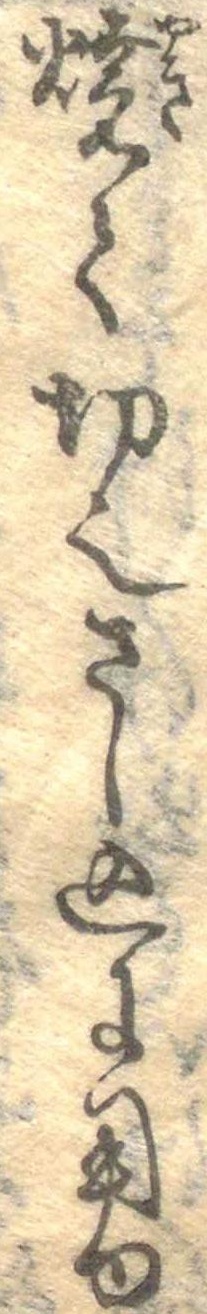
焼て切也さし込に用ゆ